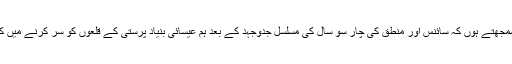
کچھ لوگ شاید یہ سمجھتے ہوں کہ سائنس اور منطق کی چار سو سال کی مسلسل جدوجہد کے بعد ہم عیسائی بنیاد پرستی کے قلعوں کو سر کرنے میں کامیاب ہوگئے ہیں ۔